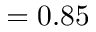
= 0 . 8 5